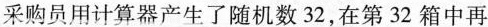
采购员用计算器产生了随机数32，在第32箱中再